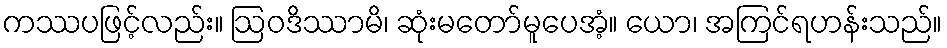
ကဿပဖြင့်လည်း။ ဩဝဒိဿာမိ၊ ဆုံးမတော်မူပေအံ့။ ယော၊ အကြင်ရဟန်းသည်။